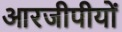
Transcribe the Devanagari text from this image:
आरजीपीयों